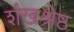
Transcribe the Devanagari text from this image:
शंखश्रेष्ठ